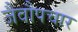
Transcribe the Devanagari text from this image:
जैवौपचार